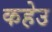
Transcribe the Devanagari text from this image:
कहेउ